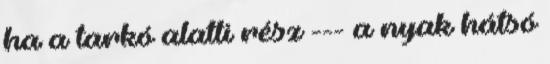
ha a tarkó alatti rész --- a nyak hátsó